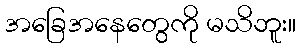
အခြေအနေတွေကို မသိဘူး။